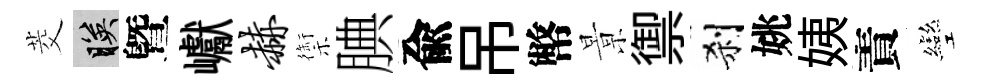
茭映曁巘赫禦腆兪吊幣㬌禦刹姚姨責彎